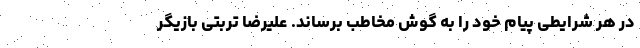
در هر شرایطی پیام خود را به گوش مخاطب برساند. علیرضا تربتی بازیگر